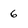
Character: 6